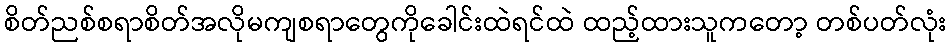
စိတ်ညစ်စရာစိတ်အလိုမကျစရာတွေကိုခေါင်းထဲရင်ထဲ ထည့်ထားသူကတော့ တစ်ပတ်လုံး